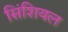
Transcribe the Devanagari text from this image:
सिंशियल